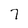
Character: 7